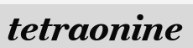
tetraonine